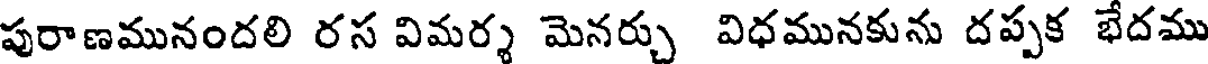
పురాణమునందలి రస విమర్శ మెనర్చు విధమునకును దప్పక భేదము